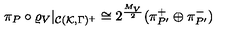
\pi _ { P } \circ \varrho _ { V } | _ { { \cal C } ( { \cal K } , \Gamma ) ^ { + } } \cong 2 ^ { \frac { M _ { V } } { 2 } } ( \pi _ { P ^ { \prime } } ^ { + } \oplus \pi _ { P ^ { \prime } } ^ { - } )